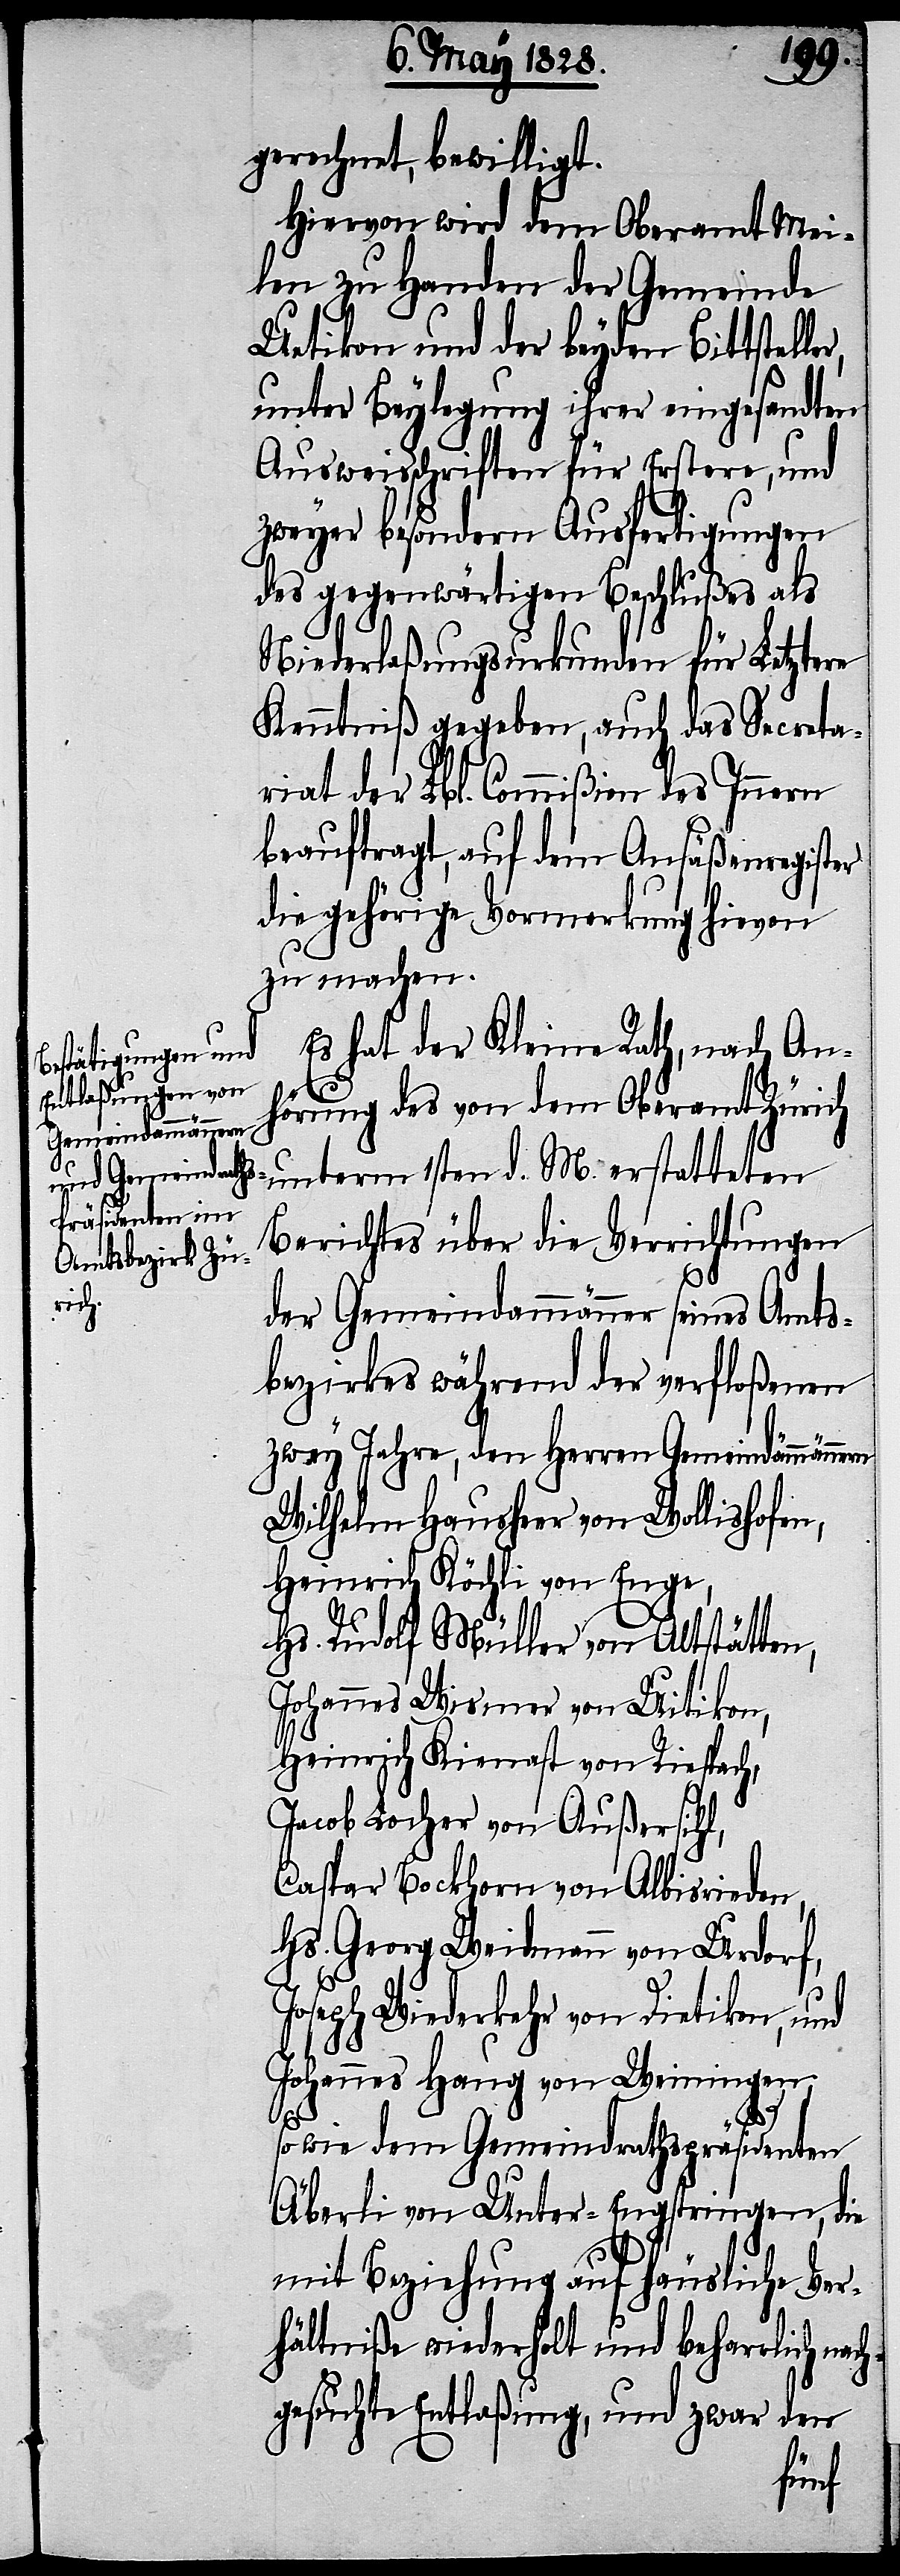
gerechnet, bewilligt.
Hiervon wird dem Oberamt Mei¬
len zu Handen der Gemeinde
Uetikon und der beyden Bittstel¬
unter Beylegung ihrer eingesandten
Ausweisschriften für Erstere, und
zweyer besondern Ausfertigungen
des gegenwärtigen Beschlußes als
Niederlaßungsurkunde für Letztere
Kenntniß gegeben, auch das Secreta¬
riat der Lbl. Commißion des Innern
beauftragt, auf dem Ansäßenregister
die gehörige Vormerkung hievon
zu machen.
Es hat der Kleine Rath, nach An¬
hörung des von dem Oberamt Zürich
unterm 1sten d. M. erstatteten
Berichtes über die Verrichtungen
der Gemeindammänner seines Amts¬
bezirkes während der verfloßenen
zwey Jahre, den Herren Gemeindämmännern
Wilhelm Hausheer von Wollishofen,
Heinrich Köchli von Enge,
Hs. Rudolf Müller von Altstätten,
Johannes Wismer von Uitikon,
Heinrich Kienast von Riespach,
Jacob Locher von Außersihl,
Caspar Bockhorn von Albisrieden,
Hs. Georg Weidmann von Urdorf,
Joseph Wiederkehr von Dietikon, und
Johannes Haug von Weiningen,
ler,
so wie dem Gemeindrathspräsidenten
Äberli von Unter-Engstringen, die
mit Beziehung auf häusliche Ver¬
hältniße wiederholt und beharrlich nac¬
hgesuchte Entlaßung, und zwar den